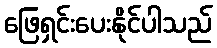
ဖြေရှင်းပေးနိုင်ပါသည်